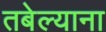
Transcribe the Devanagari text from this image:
तबेल्याना